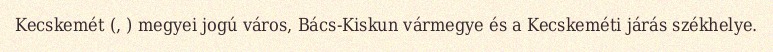
Kecskemét (, ) megyei jogú város, Bács-Kiskun vármegye és a Kecskeméti járás székhelye.